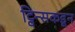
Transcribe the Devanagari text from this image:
ट्विन्सकडून